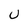
Character: U